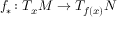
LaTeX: f _ { * } ^ { } \colon T _ { x } M \to T _ { f ( x ) } N